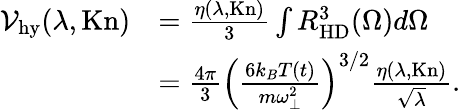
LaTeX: \begin{array}{rl}{{\cal V}_{\mathrm{hy}}(\lambda,\mathrm{Kn})}&{=\frac{\eta(\lambda,\mathrm{Kn})}{3}\int R_{\mathrm{HD}}^{3}(\Omega)d\Omega}\\ &{=\frac{4\pi}{3}\left(\frac{6k_{B}T(t)}{m\omega_{\perp}^{2}}\right)^{3/2}\frac{\eta(\lambda,\mathrm{Kn})}{\sqrt{\lambda}}.}\end{array}